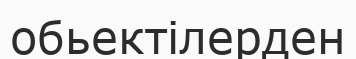
обьектілерден